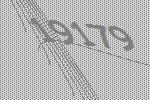
19179